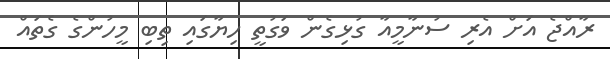
ރާއްޖެ އަށް އެރި ސުނާމީއާ ގުޅިގެން ވަގުތީ ހިޔާގައި ތިބި މީހުންގެ ގެތައް